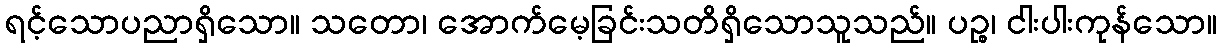
ရင့်သောပညာရှိသော။ သတော၊ အောက်မေ့ခြင်းသတိရှိသောသူသည်။ ပဉ္စ၊ ငါးပါးကုန်သော။